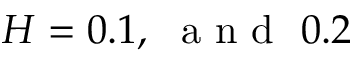
H = 0 . 1 , ~ \mathrm { ~ a ~ n ~ d ~ } ~ 0 . 2